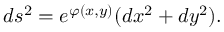
d s ^ { 2 } = e ^ { \varphi ( x , y ) } ( d x ^ { 2 } + d y ^ { 2 } ) .